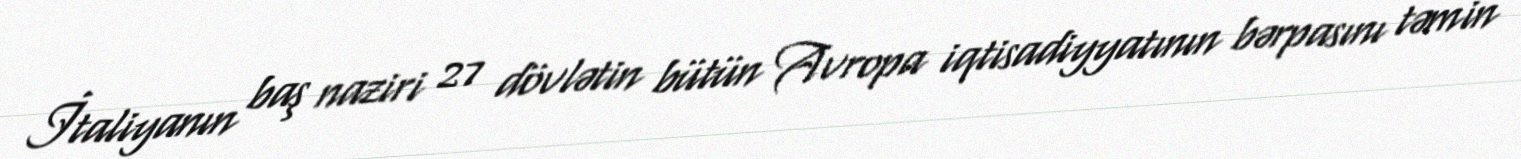
İtaliyanın baş naziri 27 dövlətin bütün Avropa iqtisadiyyatının bərpasını təmin